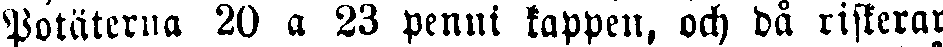
Potäterna 20 a 23 penni kappen, och då riskerar